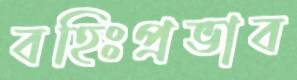
বহিঃপ্রভাব